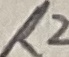
Text: R2